system: You are a helpful assistant.
user:
Analyze the provided spectrum to determine if it is a **S-type Star**.

- **Key Indicators for S-type Star:**

    - **(Overall Spectrum Shape):** The first and most obvious characteristic is the overall continuum (the "baseline" shape). It is **extremely "red-sloping,"** meaning the flux (light intensity) is very low on the left side (blue, ~4000-4500 Å) and rises steeply and continuously toward the right side (red, ~7000 Å+).

    - **(Primary):** The spectrum is defined by the presence of strong, broad molecular absorption "valleys" (bands) from **Zirconium Oxide (ZrO)**. The identification of these bands is the **primary requirement** for classifying a star as S-type.
        - **(Key Bandheads):** You must find distinct, deep "dips" where the light has been absorbed. The most critical band systems to locate are:
            - **~6474 Å** ($\gamma$-system): This is often the strongest and clearest ZrO feature, found in the red part of the spectrum.
            - **~5718 Å** & **~5551 Å** ($\beta$-system): A pair of prominent absorption features in the yellow-orange part of the spectrum.
            - **~4640 Å** ($\alpha$-system): A key absorption band system in the blue-green region of the spectrum.

    - **(Secondary Confirmation):** The classification is strengthened by finding additional absorption bands from other related heavy element oxides, which are expected to be present alongside ZrO.
        - **(Key Bandheads):**
            - **Yttrium Oxide (YO):** Look for absorption dips near **~4800 Å** and **~6100 Å**.
            - **Lanthanum Oxide (LaO):** Additional absorption features, particularly in the red-orange part of the spectrum, are also characteristic.

    - **(Line Profile):** The combination of the steep red continuum and these numerous, deep molecular bands (ZrO, YO, etc.) gives the entire spectrum a very **"chopped-up"** or **"bumpy"** appearance. Instead of a smooth curve, the spectrum looks as though large, wide chunks of light have been "carved out" of it at the specific wavelengths listed above.

Think first, call **spectral_visualization_tool** if needed to examine features in detail, then provide your final answer. Your response must adhere to the following strict rules:
1.  **Overall Structure:** Your response must follow the format `<think>...</think> <tool_call>...</tool_call> (if a tool is used) <answer>...</answer>`.
2.  **Tool Usage Constraint:** You may only make **one** tool call per turn.
3.  **Final Answer Format:** In the `<answer>` tag, your conclusion must be inside a `\boxed{}` command (e.g., `\boxed{YES}` or `\boxed{NO}`), followed by your justification.

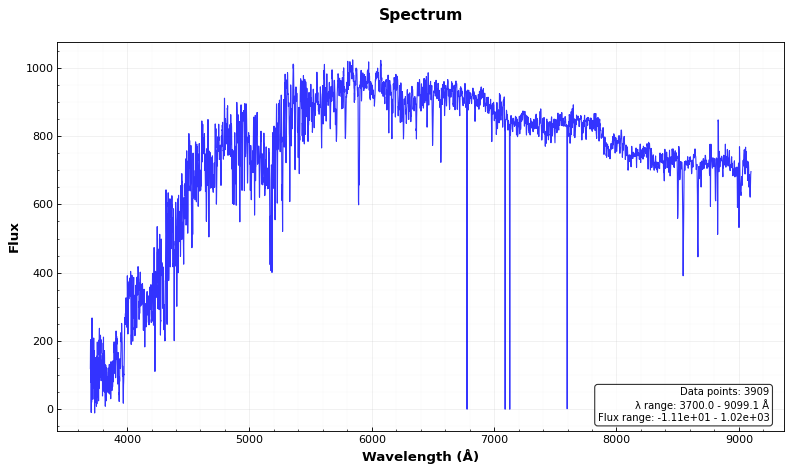
Answer: NO